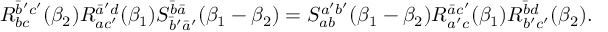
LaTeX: R _ { b c } ^ { \bar { b } ^ { \prime } c ^ { \prime } } ( \beta _ { 2 } ) R _ { a c ^ { \prime } } ^ { \bar { a } ^ { \prime } d } ( \beta _ { 1 } ) S _ { \bar { b } ^ { \prime } \bar { a } ^ { \prime } } ^ { \bar { b } \bar { a } } ( \beta _ { 1 } - \beta _ { 2 } ) = S _ { a b } ^ { a ^ { \prime } b ^ { \prime } } ( \beta _ { 1 } - \beta _ { 2 } ) R _ { a ^ { \prime } c } ^ { \bar { a } c ^ { \prime } } ( \beta _ { 1 } ) R _ { b ^ { \prime } c ^ { \prime } } ^ { \bar { b } d } ( \beta _ { 2 } ) .